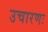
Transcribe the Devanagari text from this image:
उचारणः